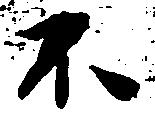
不